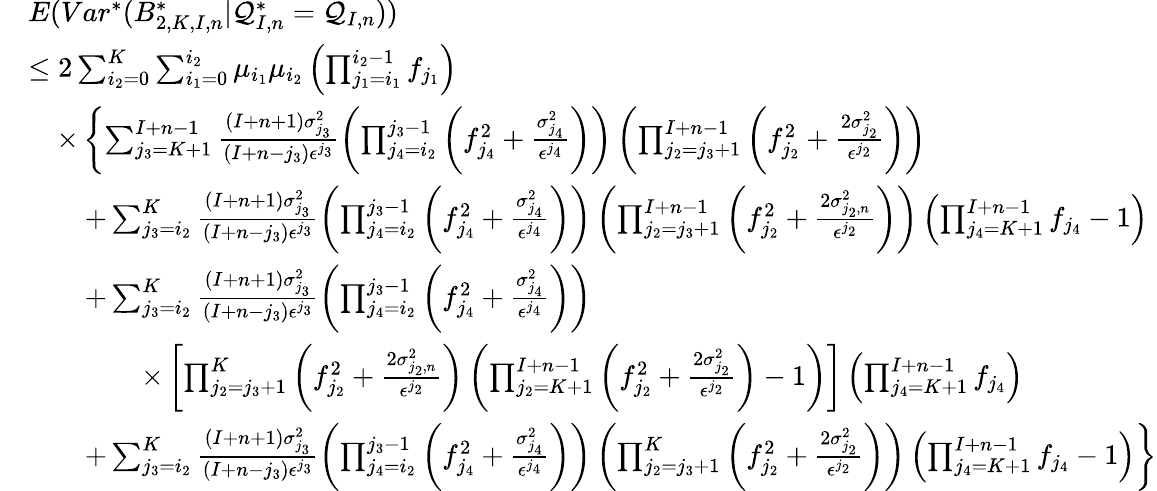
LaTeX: \begin{array}{rl}&{E(Var^{*}(B_{2,K,I,n}^{*}|\mathcal{Q}_{I,n}^{*}=\mathcal{Q}_{I,n}))}\\ &{\leq 2\sum_{i_{2}=0}^{K}\sum_{i_{1}=0}^{i_{2}}\mu_{i_{1}}\mu_{i_{2}}\left(\prod_{j_{1}=i_{1}}^{i_{2}-1}f_{j_{1}}\right)}\\ &{\quad\times\left\{ \sum_{j_{3}=K+1}^{I+n-1}\frac{(I+n+1)\sigma_{j_{3}}^{2}}{(I+n-j_{3})\epsilon^{j_{3}}}\left(\prod_{j_{4}=i_{2}}^{j_{3}-1}\left(f_{j_{4}}^{2}+\frac{\sigma_{j_{4}}^{2}}{\epsilon^{j_{4}}}\right)\right)\left(\prod_{j_{2}=j_{3}+1}^{I+n-1}\left(f_{j_{2}}^{2}+\frac{2\sigma_{j_{2}}^{2}}{\epsilon^{j_{2}}}\right)\right)\right.}\\ &{\qquad+\sum_{j_{3}=i_{2}}^{K}\frac{(I+n+1)\sigma_{j_{3}}^{2}}{(I+n-j_{3})\epsilon^{j_{3}}}\left(\prod_{j_{4}=i_{2}}^{j_{3}-1}\left(f_{j_{4}}^{2}+\frac{\sigma_{j_{4}}^{2}}{\epsilon^{j_{4}}}\right)\right)\left(\prod_{j_{2}=j_{3}+1}^{I+n-1}\left(f_{j_{2}}^{2}+\frac{2\sigma_{j_{2},n}^{2}}{\epsilon^{j_{2}}}\right)\right)\left(\prod_{j_{4}=K+1}^{I+n-1}f_{j_{4}}-1\right)}\\ &{\qquad+\sum_{j_{3}=i_{2}}^{K}\frac{(I+n+1)\sigma_{j_{3}}^{2}}{(I+n-j_{3})\epsilon^{j_{3}}}\left(\prod_{j_{4}=i_{2}}^{j_{3}-1}\left(f_{j_{4}}^{2}+\frac{\sigma_{j_{4}}^{2}}{\epsilon^{j_{4}}}\right)\right)}\\ &{\qquad\qquad\times\left[\prod_{j_{2}=j_{3}+1}^{K}\left(f_{j_{2}}^{2}+\frac{2\sigma_{j_{2},n}^{2}}{\epsilon^{j_{2}}}\right)\left(\prod_{j_{2}=K+1}^{I+n-1}\left(f_{j_{2}}^{2}+\frac{2\sigma_{j_{2}}^{2}}{\epsilon^{j_{2}}}\right)-1\right)\right]\left(\prod_{j_{4}=K+1}^{I+n-1}f_{j_{4}}\right)}\\ &{\qquad+\left.\sum_{j_{3}=i_{2}}^{K}\frac{(I+n+1)\sigma_{j_{3}}^{2}}{(I+n-j_{3})\epsilon^{j_{3}}}\left(\prod_{j_{4}=i_{2}}^{j_{3}-1}\left(f_{j_{4}}^{2}+\frac{\sigma_{j_{4}}^{2}}{\epsilon^{j_{4}}}\right)\right)\left(\prod_{j_{2}=j_{3}+1}^{K}\left(f_{j_{2}}^{2}+\frac{2\sigma_{j_{2}}^{2}}{\epsilon^{j_{2}}}\right)\right)\left(\prod_{j_{4}=K+1}^{I+n-1}f_{j_{4}}-1\right)\right\} }\end{array}